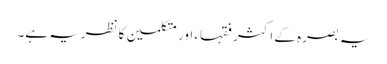
یہ بصرہ کے اکثر فقہاء اور متکلمین کا نظریہ ہے۔